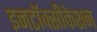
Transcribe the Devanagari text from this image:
इनटॉक्सीकेशन